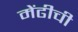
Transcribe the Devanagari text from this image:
मेंढीची